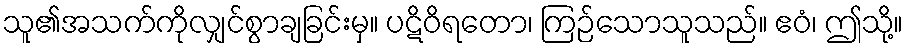
သူ၏အသက်ကိုလျှင်စွာချခြင်းမှ။ ပဋိဝိရတော၊ ကြဉ်သောသူသည်။ ဧဝံ၊ ဤသို့။